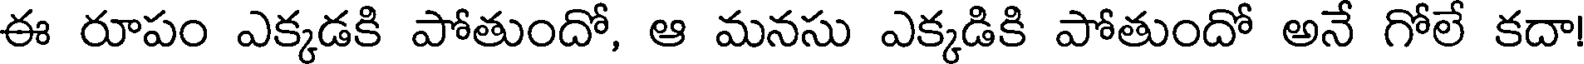
ఈ రూపం ఎక్కడకి పోతుందో, ఆ మనసు ఎక్కడికి పోతుందో అనే గోలే కదా